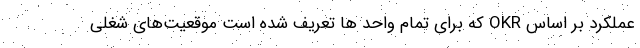
عملکرد بر اساس OKR که برای تمام واحد ها تعریف شده است موقعیت‌های شغلی